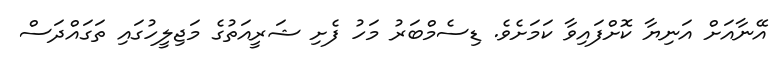
އޭނާއަށް އަނިޔާ ކޮށްފައިވާ ކަމަށެވެ. ޑިސެމްބަރު މަހު ފެށި ޝަރީއަތުގެ މަޖިލީހުގައި ތަގައްދަސް